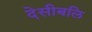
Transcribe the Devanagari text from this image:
देसीबलि